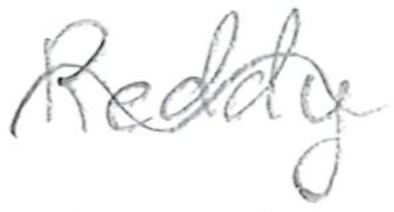
Text: Reddy
Cross-out: wave
Writing tool: pencil